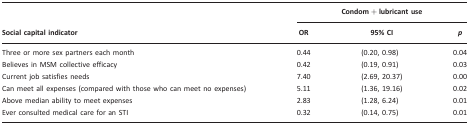
<table><thead><tr><td></td><td colspan="3"><b>Condom + lubricant use</b></td></tr><tr><td><b>Social capital indicator</b></td><td><b>OR</b></td><td><b>95% CI</b></td><td><b><i>p</i></b></td></tr></thead><tbody><tr><td>Three or more sex partners each month</td><td>0.44</td><td>(0.20, 0.98)</td><td>0.04</td></tr><tr><td>Believes in MSM collective efficacy</td><td>0.42</td><td>(0.19, 0.91)</td><td>0.03</td></tr><tr><td>Current job satisfies needs</td><td>7.40</td><td>(2.69, 20.37)</td><td>0.00</td></tr><tr><td>Can meet all expenses (compared with those who can meet no expenses)</td><td>5.11</td><td>(1.36, 19.16)</td><td>0.02</td></tr><tr><td>Above median ability to meet expenses</td><td>2.83</td><td>(1.28, 6.24)</td><td>0.01</td></tr><tr><td>Ever consulted medical care for an STI</td><td>0.32</td><td>(0.14, 0.75)</td><td>0.01</td></tr></tbody></table>